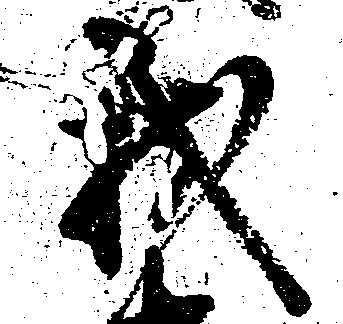
我